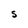
Character: S